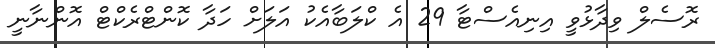
ރޮސެލް ވިދާޅުވީ އިނިއެސްޓާ 29 އެ ކްލަބާއެކު އަލަށް ހަދާ ކޮންޓްރެކްޓް އޮންނާނީ